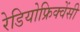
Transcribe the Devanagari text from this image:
रेडियोफ्रिक्वेंसी